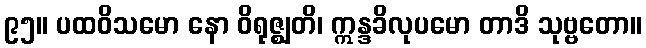
၉၅။ ပထဝိသမော နော ဝိရုဇ္ဈတိ၊ ဣန္ဒခိလုပမော တာဒိ သုဗ္ဗတော။